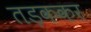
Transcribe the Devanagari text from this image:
तड़ककर